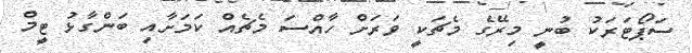
ސަޕޯޓަރަކު ބުނީ މިރޭގެ މެޗަކީ ވަރަށް ހާއްސަ މެޗެއް ކަމަށާއި ބަންގާޅު ޓީމް